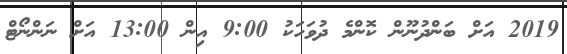
2019 އަށް ބަންދުނޫން ކޮންމެ ދުވަހަކު 9:00 އިން 13:00 އަށް ނަންނޯޓް